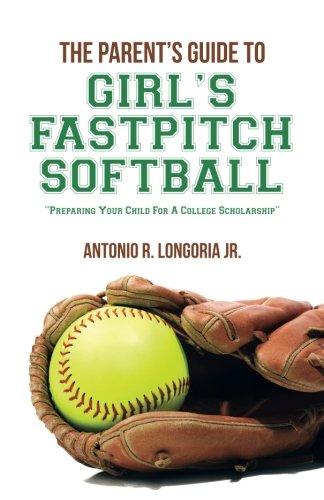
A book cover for The Parent's Guide to Girl's Fastpitch Softball: Preparing Your Child For A College Scholarship; Antonio R. Longoria Jr.; Sports & Outdoors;